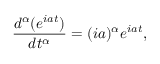
\frac { d ^ { \alpha } ( e ^ { i a t } ) } { d t ^ { \alpha } } = ( i a ) ^ { \alpha } e ^ { i a t } ,